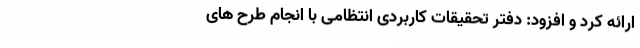
ارائه کرد و افزود: دفتر تحقیقات کاربردی انتظامی با انجام طرح های